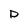
Character: D